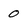
Character: 0